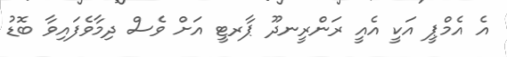
އެ އެމްޕީ އަކީ އެއީ ރަންރީނދޫ ޕާރޓީ އަށް ވެސް ދިމާވެފައިވާ ބޮޑު